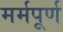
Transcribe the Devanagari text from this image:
मर्मपूर्ण